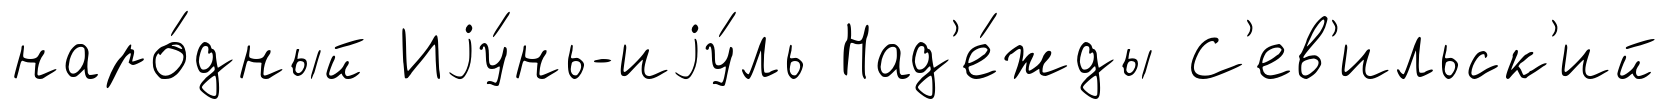
наро́дный Иjу́нь-иjу́ль Над'е́жды С'ев'ильск'ий